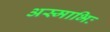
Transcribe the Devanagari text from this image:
अस्माभिः